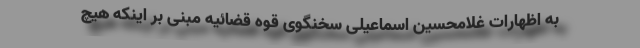
به اظهارات غلامحسین اسماعیلی سخنگوی قوه قضائیه مبنی بر اینکه هیچ